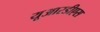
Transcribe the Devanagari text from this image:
यूआरडीएस